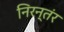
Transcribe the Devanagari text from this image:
निरन्तंर